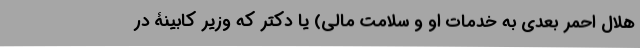
هلال احمر بعدی به خدمات او و سلامت مالی) یا دکتر که وزیر کابینۀ در